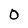
Character: 0